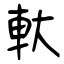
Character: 軑